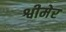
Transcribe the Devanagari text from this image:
श्वीमेर